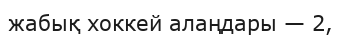
жабық хоккей алаңдары — 2,